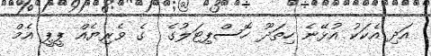
އަދި އެކަކު އުޅޭނެ ހިތަދޫ ހޮސްޕިޓަލުގެ  ގެ ވެރިޔެއް ޕީޕީ އެމް